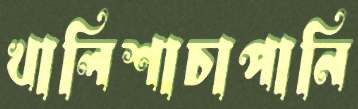
খালিশাচাপানি